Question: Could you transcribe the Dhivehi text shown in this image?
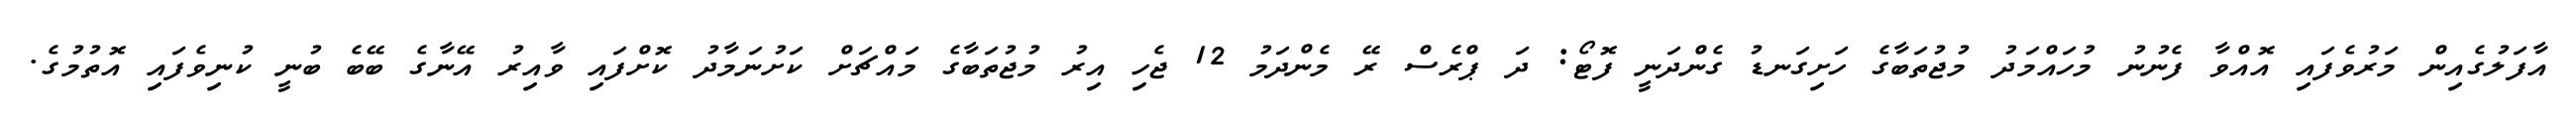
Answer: އާފަލުގެއިން މަރުވެފައި އޮއްވާ ފެނުނު މުހައްމަދު މުޖުތަބާގެ ހަށިގަނޑު ގެންދަނީ ފޮޓޯ: ދަ ޕްރެސް ރޭ މެންދަމު 12 ޖެހި އިރު މުޖުތަބާގެ މައްޗަށް ކަށުނަމާދު ކޮށްފައި ވާއިރު އޭނާގެ ބޭބެ ބުނީ ކުނިވެފައި އޮތުމުގެ.